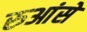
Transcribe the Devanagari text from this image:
रुआंसे